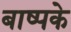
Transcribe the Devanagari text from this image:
बाष्पके